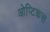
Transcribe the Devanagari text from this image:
ओप्टिकस